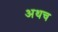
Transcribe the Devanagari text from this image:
अथच